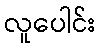
လူပေါင်း